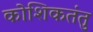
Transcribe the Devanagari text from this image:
कोशिकतंतु